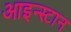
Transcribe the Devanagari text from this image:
आइन्स्टान